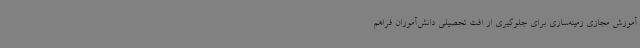
آموزش مجازی زمینه‌سازی برای جلوگیری از افت تحصیلی دانش‌آموزان فراهم